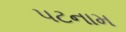
પટનામ